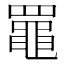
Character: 𦌡